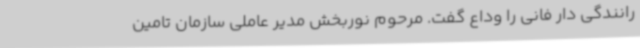
رانندگی دار فانی را وداع گفت. مرحوم نوربخش مدیر عاملی سازمان تامین